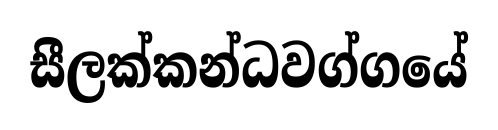
සීලක්කන්ධවග්ගයේ